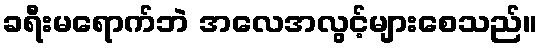
ခရီးမရောက်ဘဲ အလေအလွင့်များစေသည်။